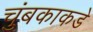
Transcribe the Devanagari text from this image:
चुंबकाकडे